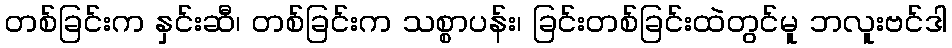
တစ်ခြင်းက နှင်းဆီ၊ တစ်ခြင်းက သစ္စာပန်း၊ ခြင်းတစ်ခြင်းထဲတွင်မူ ဘလူးဗင်ဒါ